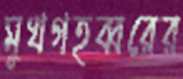
মুখগহব্বরের